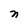
Character: n